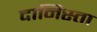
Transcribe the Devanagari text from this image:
दानिस्ता